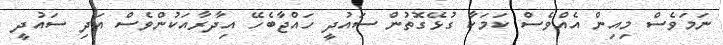
ނަމަވެސް މިއިން އެއްވެސް ކަމަކާ ގުޅޭގޮތުން ސައުދީ ހައްޖާބެހޭ އިދާރާއަކުންވެސް އަދި ސައުދީ